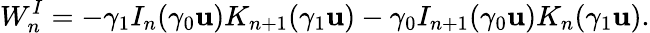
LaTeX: W_{n}^{I}=-\gamma_{1}I_{n}(\gamma_{0}\mathbf{u})K_{n+1}(\gamma_{1}\mathbf{u})-\gamma_{0}I_{n+1}(\gamma_{0}\mathbf{u})K_{n}(\gamma_{1}\mathbf{u}).